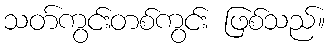
သတ်ကွင်းတစ်ကွင်း ဖြစ်သည်။